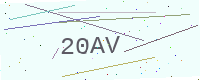
Text: 20AV